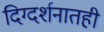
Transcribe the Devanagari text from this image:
दिग्दर्शनातही